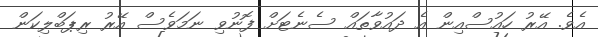
އެވެ. އޭރު ހައުސްއިން އެ ދައުވާތައް ސެނެޓަށް ފޮނުވި ނަމަވެސް އޭރު ރިޕަބްލިކަން